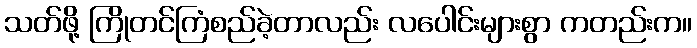
သတ်ဖို့ ကြိုတင်ကြံစည်ခဲ့တာလည်း လပေါင်းများစွာ ကတည်းက။